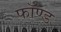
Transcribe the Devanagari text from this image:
फॉण्ड